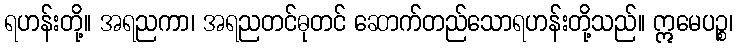
ရဟန်းတို့။ အရညကာ၊ အရညတင်ဓုတင် ဆောက်တည်သောရဟန်းတို့သည်။ ဣမေပဉ္စ၊